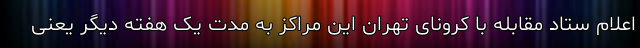
اعلام ستاد مقابله با کرونای تهران این‌ مراکز به مدت یک هفته دیگر یعنی